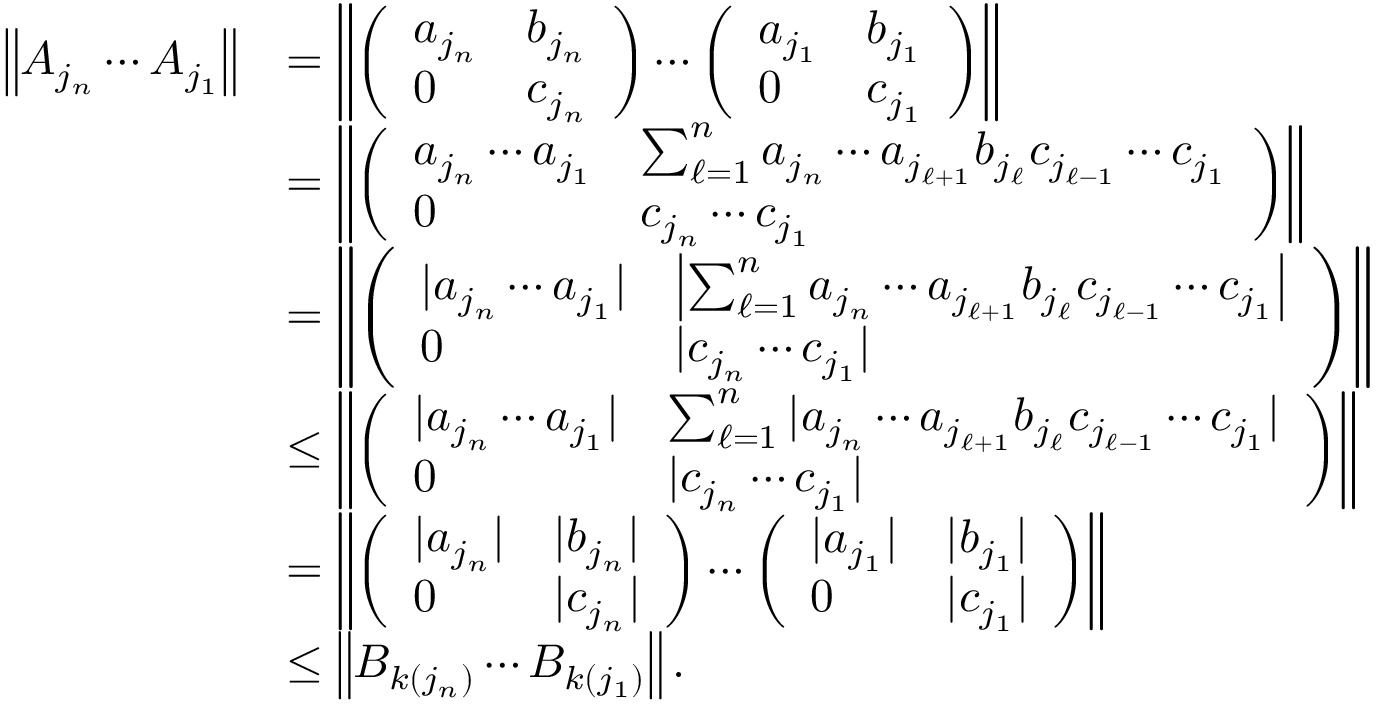
\begin{array} { r l } { \left\| A _ { j _ { n } } \cdots A _ { j _ { 1 } } \right\| } & { = \left\| \left( \begin{array} { l l } { a _ { j _ { n } } } & { b _ { j _ { n } } } \\ { 0 } & { c _ { j _ { n } } } \end{array} \right) \cdots \left( \begin{array} { l l } { a _ { j _ { 1 } } } & { b _ { j _ { 1 } } } \\ { 0 } & { c _ { j _ { 1 } } } \end{array} \right) \right\| } \\ & { = \left\| \left( \begin{array} { l l } { a _ { j _ { n } } \cdots a _ { j _ { 1 } } } & { \sum _ { \ell = 1 } ^ { n } a _ { j _ { n } } \cdots a _ { j _ { \ell + 1 } } b _ { j _ { \ell } } c _ { j _ { \ell - 1 } } \cdots c _ { j _ { 1 } } } \\ { 0 } & { c _ { j _ { n } } \cdots c _ { j _ { 1 } } } \end{array} \right) \right\| } \\ & { = \left\| \left( \begin{array} { l l } { | a _ { j _ { n } } \cdots a _ { j _ { 1 } } | } & { \left| \sum _ { \ell = 1 } ^ { n } a _ { j _ { n } } \cdots a _ { j _ { \ell + 1 } } b _ { j _ { \ell } } c _ { j _ { \ell - 1 } } \cdots c _ { j _ { 1 } } \right| } \\ { 0 } & { | c _ { j _ { n } } \cdots c _ { j _ { 1 } } | } \end{array} \right) \right\| } \\ & { \leq \left\| \left( \begin{array} { l l } { | a _ { j _ { n } } \cdots a _ { j _ { 1 } } | } & { \sum _ { \ell = 1 } ^ { n } | a _ { j _ { n } } \cdots a _ { j _ { \ell + 1 } } b _ { j _ { \ell } } c _ { j _ { \ell - 1 } } \cdots c _ { j _ { 1 } } | } \\ { 0 } & { | c _ { j _ { n } } \cdots c _ { j _ { 1 } } | } \end{array} \right) \right\| } \\ & { = \left\| \left( \begin{array} { l l } { | a _ { j _ { n } } | } & { | b _ { j _ { n } } | } \\ { 0 } & { | c _ { j _ { n } } | } \end{array} \right) \cdots \left( \begin{array} { l l } { | a _ { j _ { 1 } } | } & { | b _ { j _ { 1 } } | } \\ { 0 } & { | c _ { j _ { 1 } } | } \end{array} \right) \right\| } \\ & { \leq \left\| B _ { k ( j _ { n } ) } \cdots B _ { k ( j _ { 1 } ) } \right\| . } \end{array}